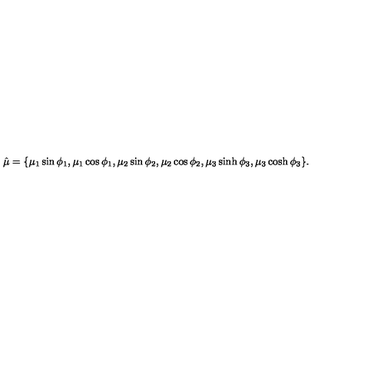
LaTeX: \hat { \mu } = \{ \mu _ { 1 } \sin \phi _ { 1 } , \mu _ { 1 } \cos \phi _ { 1 } , \mu _ { 2 } \sin \phi _ { 2 } , \mu _ { 2 } \cos \phi _ { 2 } , \mu _ { 3 } \sinh \phi _ { 3 } , \mu _ { 3 } \cosh \phi _ { 3 } \} .